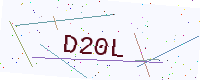
Text: D20L